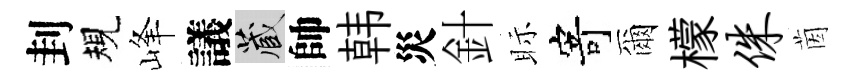
刲規峰議藏帥韩災針眎寄爾檬侏茵